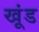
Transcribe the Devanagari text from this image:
खूंड